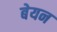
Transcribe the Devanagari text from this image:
बेयन